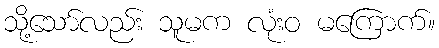
သို့သော်လည်း သူမက လုံးဝ မကြောက်။